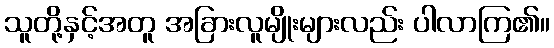
သူတို့နှင့်အတူ အခြားလူမျိုးများလည်း ပါလာကြ၏။